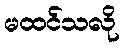
မထင်သလို